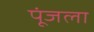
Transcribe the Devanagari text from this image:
पूंजला